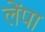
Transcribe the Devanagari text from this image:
लेंपा